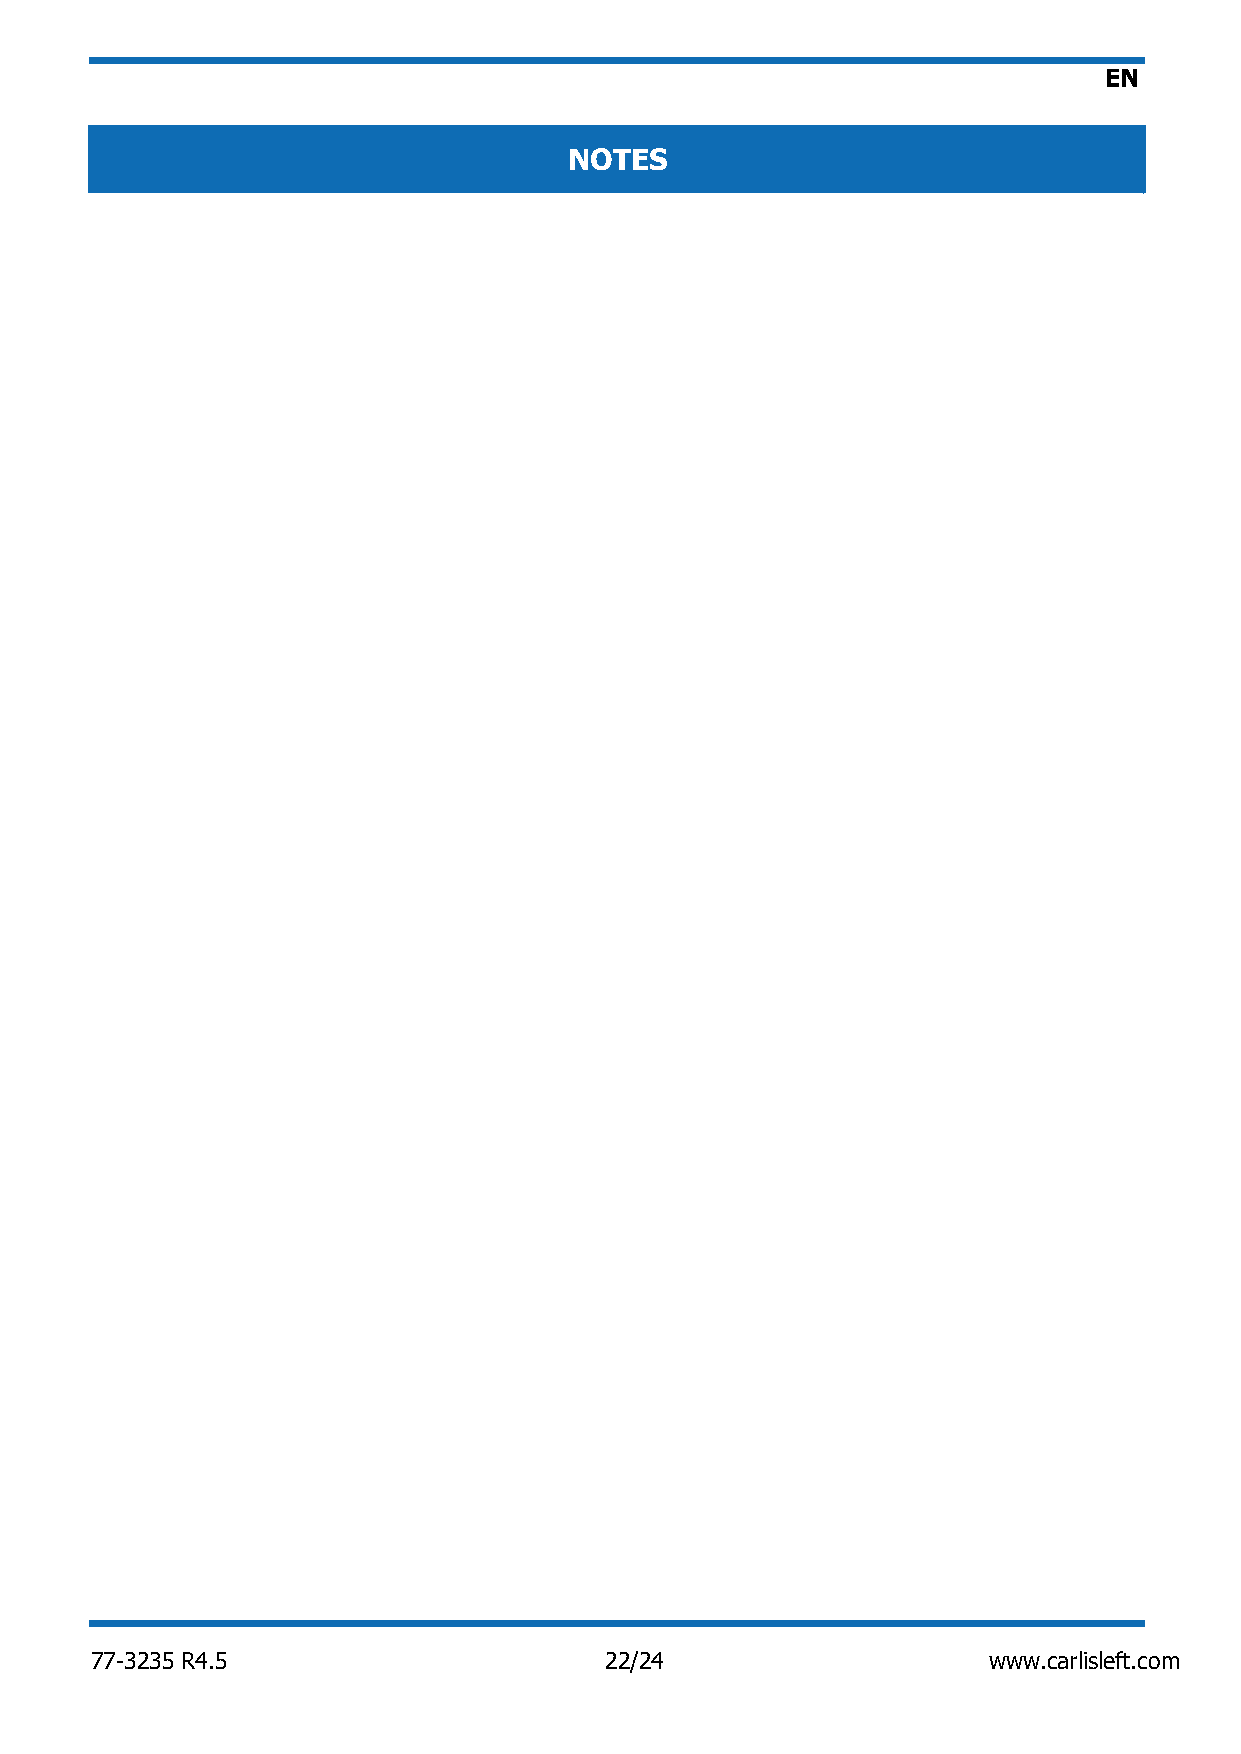
EN
 NOTES
 77-3235 R4.5                      22/24                    www.carlisleft.com